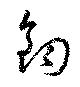
鈞